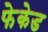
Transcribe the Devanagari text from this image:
फेकेड